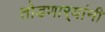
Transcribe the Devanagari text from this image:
तोडणार्‍यांनी